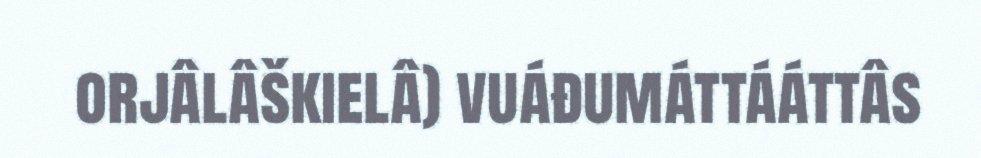
orjâlâškielâ) vuáđumáttááttâs